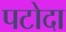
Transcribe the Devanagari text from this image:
पटोदा